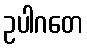
ဥပါဂတေ